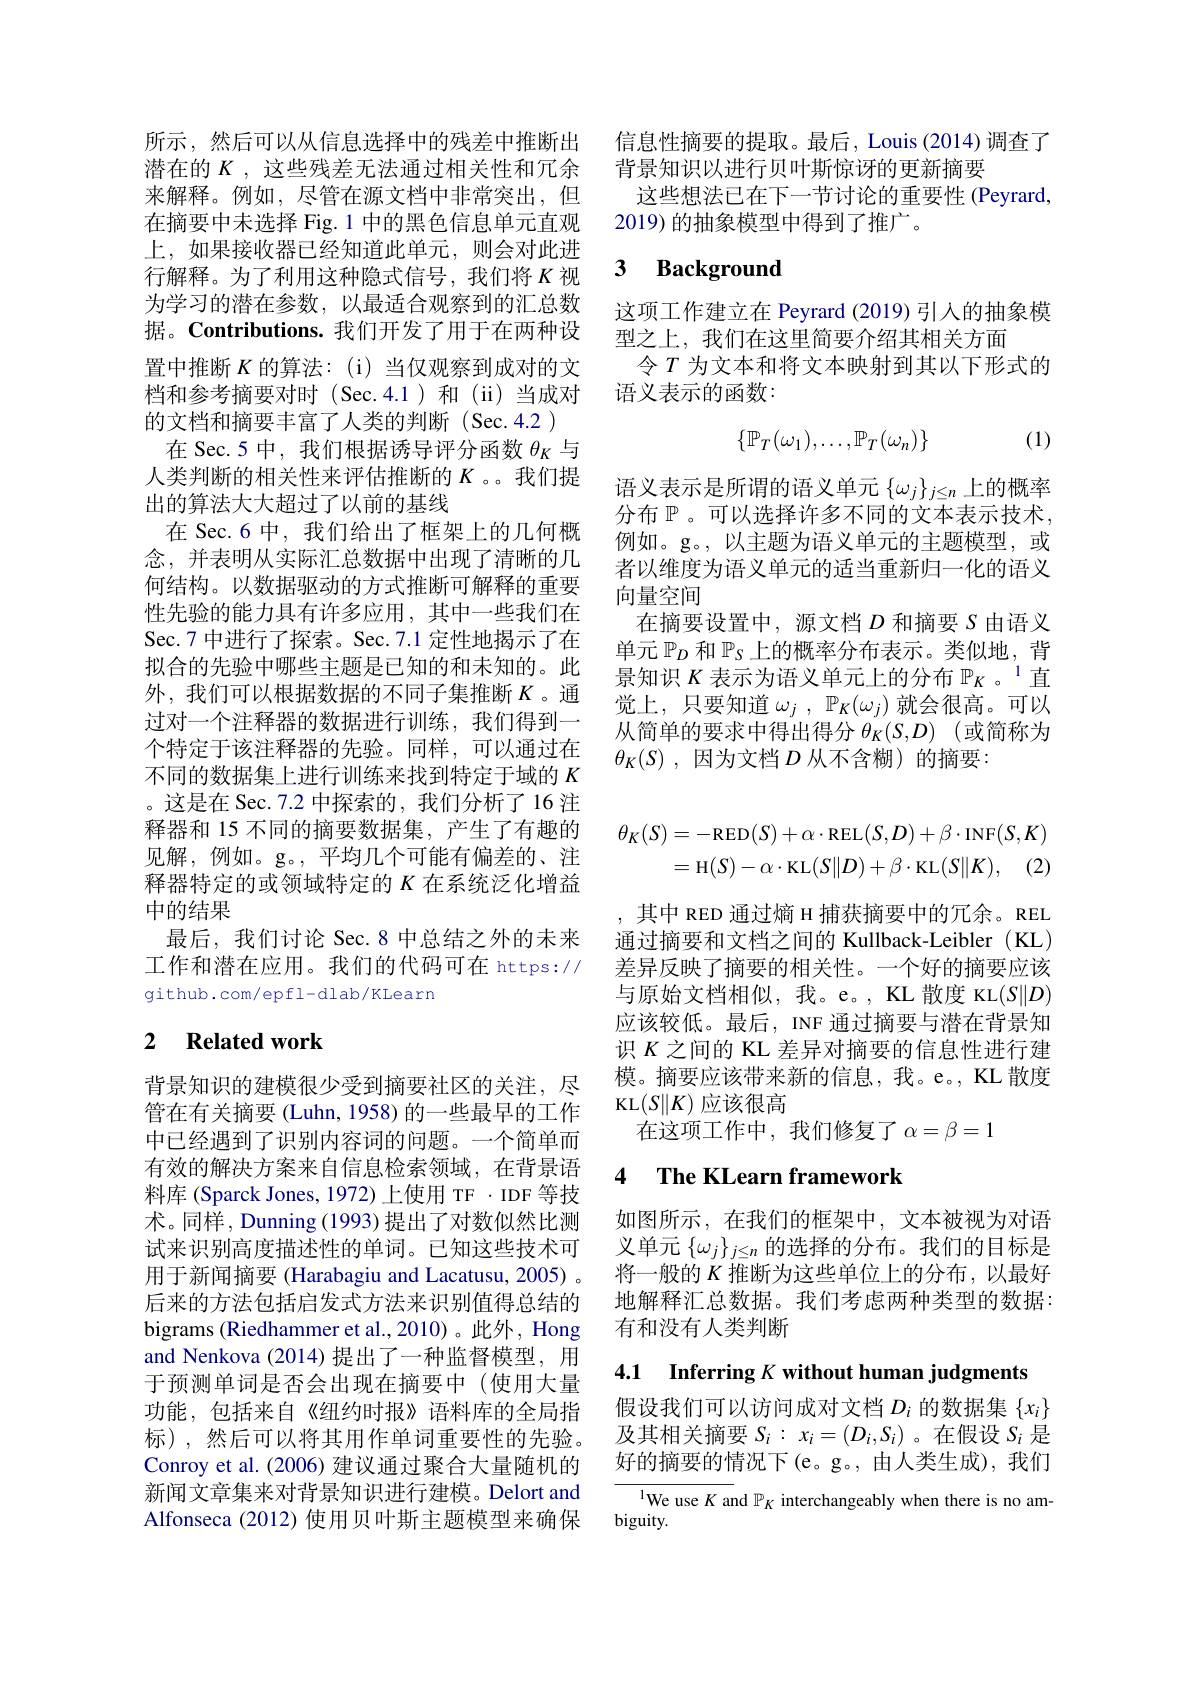
来解释。例如，尽管在源文档中非常突出，但在摘要中未选择 Fig.1 中的黑色信息单元直观上，如果接收器已经知道此单元，则会对此进行解释。为了利用这种隐式信号，我们将$K$视为学习的潜在参数，以最适合观察到的汇总数据。Contributions.我们开发了用于在两种设置中推断$K$的算法：(i) 当仅观察到成对的文档和参考摘要对时(Sec.4.1)和(ii)当成对的文档和摘要丰富了人类的判断(Sec.4.2)
在 Sec.5 中，我们根据诱导评分函数$\theta_K$与人类判断的相关性来评估推断的$K$ 。我们提出的算法大大超过了以前的基线
在 Sec.6 中，我们给出了框架上的几何概念，并表明从实际汇总数据中出现了清晰的几何结构。以数据驱动的方式推断可解释的重要性先验的能力具有许多应用，其中一些我们在Sec.7 中进行了探索。Sec.7.1 定性地揭示了在拟合的先验中哪些主题是已知的和未知的。此外，我们可以根据数据的不同子集推断$K$。通过对一个注释器的数据进行训练，我们得到一个特定于该注释器的先验。同样，可以通过在不同的数据集上进行训练来找到特定于域的$K$ 。这是在 Sec. 7.2 中探索的，我们分析了 16 注释器和 15 不同的摘要数据集，产生了有趣的见解，例如。g。,平均几个可能有偏差的、注释器特定的或领域特定的$K$在系统泛化增益中的结果
最后，我们讨论 Sec. 8 中总结之外的未来工作和潜在应用。我们的代码可在 https:// github. com/epfl-dlab/KLearn

# 2 Related work

背景知识的建模很少受到摘要社区的关注，尽管在有关摘要 (Luhn, 1958) 的一些最早的工作中已经遇到了识别内容词的问题。一个简单而有效的解决方案来自信息检索领域，在背景语料库 (Sparck Jones, 1972) 上使用 TF - IDF 等技术。同样，Dunning (1993) 提出了对数似然比测试来识别高度描述性的单词。已知这些技术可用于新闻摘要 (Harabagiu and Lacatusu, 2005) 。后来的方法包括启发式方法来识别值得总结的bigrams (Riedhammer et al., 2010) 。此外 , Hong and Nenkova (2014)提出了一种监督模型，用于预测单词是否会出现在摘要中(使用大量功能，包括来自《纽约时报》语料库的全局指标),然后可以将其用作单词重要性的先验。Conroy et al. (2006) 建议通过聚合大量随机的新闻文章集来对背景知识进行建模。Delort and Alfonseca (2012) 使用贝叶斯主题模型来确保

所示，然后可以从信息选择中的残差中推断出 信息性摘要的提取。最后，Louis (2014)调查了
潜在的$K$,这些残差无法通过相关性和冗余 背景知识以进行贝叶斯惊讶的更新摘要
这些想法已在下一节讨论的重要性 (Peyrard,
2019) 的抽象模型中得到了推广。

### 3 $\textbf{Background}$

这项工作建立在 Peyrard (2019) 引人的抽象模
型之上，我们在这里简要介绍其相关方面
令$T$为文本和将文本映射到其以下形式的
语义表示的函数：

(1)
$$\{\mathbb{P}_T(\omega_1),\ldots,\mathbb{P}_T(\omega_n)\}$$
语义表示是所谓的语义单元$\{\omega_j\}_{j\leq n}$上的概率分布 $\mathbb{P}$ 。可以选择许多不同的文本表示技术， 例如。g。,以主题为语义单元的主题模型，或者以维度为语义单元的适当重新归一化的语义向量空间
在摘要设置中，源文档$D$和摘要$S$由语义单元$\mathbb{P}_D$和$\mathbb{P}_S$上的概率分布表示。类似地，背景知识$K$表示为语义单元上的分布$\mathbb{P}_K$ 。$^{1}$直觉上，只要知道$\omega _j$ , $\mathbb{P} _K( \omega _j)$就会很高。可以从简单的要求中得出得分$\theta _K( S, D)$ (或简称为$\theta _K( S)$ , 因为文档 $D$ 从不含糊)的摘要：
$$\begin{aligned}\theta_{K}(S)&=-\mathrm{RED}(S)+\alpha\cdot\mathrm{REL}(S,D)+\beta\cdot\mathrm{INF}(S,K)\\&=\mathrm{H}(S)-\alpha\cdot\mathrm{KL}(S|D)+\beta\cdot\mathrm{KL}(S\|K),\quad(2)\end{aligned}$$
,其中 RED 通过熵 H 捕获摘要中的冗余。REI 通过摘要和文档之间的 Kullback-Leibler (KL) 差异反映了摘要的相关性。一个好的摘要应该与原始文档相似，我。e。,KL 散度 KL$(S\|D)$ 应该较低。最后，INF 通过摘要与潜在背景知识$K$之间的 KL 差异对摘要的信息性进行建模。摘要应该带来新的信息，我。e。KL 散度KL$(S\|K)$应该很高
在这项工作中，我们修复了$\alpha=\beta=1$

### 4 $\textbf{The KLearn framework}$

如图所示，在我们的框架中，文本被视为对语义单元$\{\omega_j\}_{j\leq n}$的选择的分布。我们的目标是将一般的$K$推断为这些单位上的分布，以最好地解释汇总数据。我们考虑两种类型的数据： 有和没有人类判断

4.1 Inferring $K$ without human judgments

假设我们可以访问成对文档$D_i$的数据集$\{x_i\}$ 及其相关摘要$S_i:x_i=(D_i,S_i)$ 。在假设$S_i$是好的摘要的情况下(e。g。,由人类生成),我们

$^{1}$We use $K$ and $\mathbb{P}_K$ interchangeably when there is no am-
biguity.